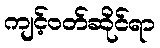
ကျင့်ဝတ်ဆိုင်ရာ